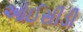
ઓઈસીડી